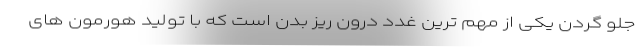
جلو گردن یکی از مهم ترین غدد درون ریز بدن است که با تولید هورمون های